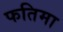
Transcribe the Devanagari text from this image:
फतिमा